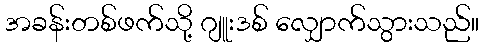
အခန်းတစ်ဖက်သို့ ဂျူးဒစ် လျှောက်သွားသည်။